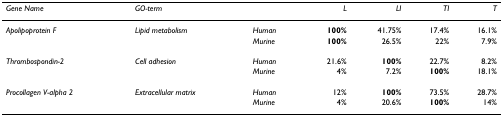
| Gene Name | GO-term |  | L | LI | TI | T |
 | --- | --- | --- | --- | --- | --- | --- |
 | Apolipoprotein F | Lipid metabolism | Human | 100% | 41.75% | 17.4% | 16.1% |
 |  |  | Murine | 100% | 26.5% | 22% | 7.9% |
 | Thrombospondin-2 | Cell adhesion | Human | 21.6% | 100% | 22.7% | 8.2% |
 |  |  | Murine | 4% | 7.2% | 100% | 18.1% |
 | Procollagen V-alpha 2 | Extracellular matrix | Human | 12% | 100% | 73.5% | 28.7% |
 |  |  | Murine | 4% | 20.6% | 100% | 14% |